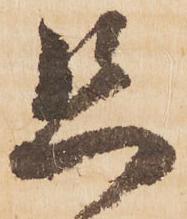
恐